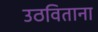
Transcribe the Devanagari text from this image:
उठविताना